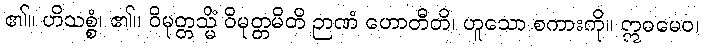
၏။ ဟိသစ္စံ၊ ၏။ ဝိမုတ္တသ္မိံ ဝိမုတ္တမိတိ ဉာဏံ ဟောတီတိ၊ ဟူသော စကားကို။ ဣဓမေဝ၊